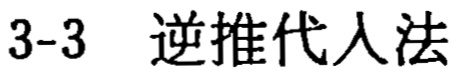
3-3 逆推代人法